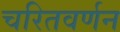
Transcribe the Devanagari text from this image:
चरितवर्णन